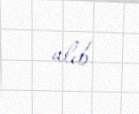
alıb.